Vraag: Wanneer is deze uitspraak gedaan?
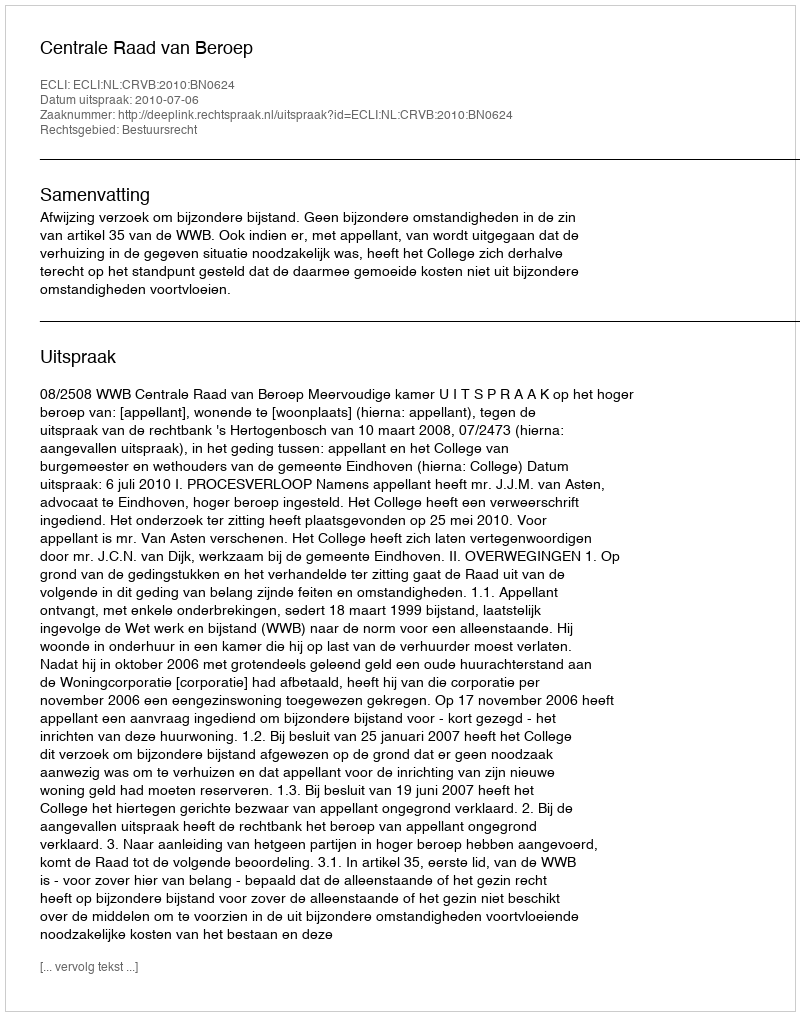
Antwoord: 2010-07-06